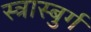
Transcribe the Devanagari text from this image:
स्त्रास्बुर्ग